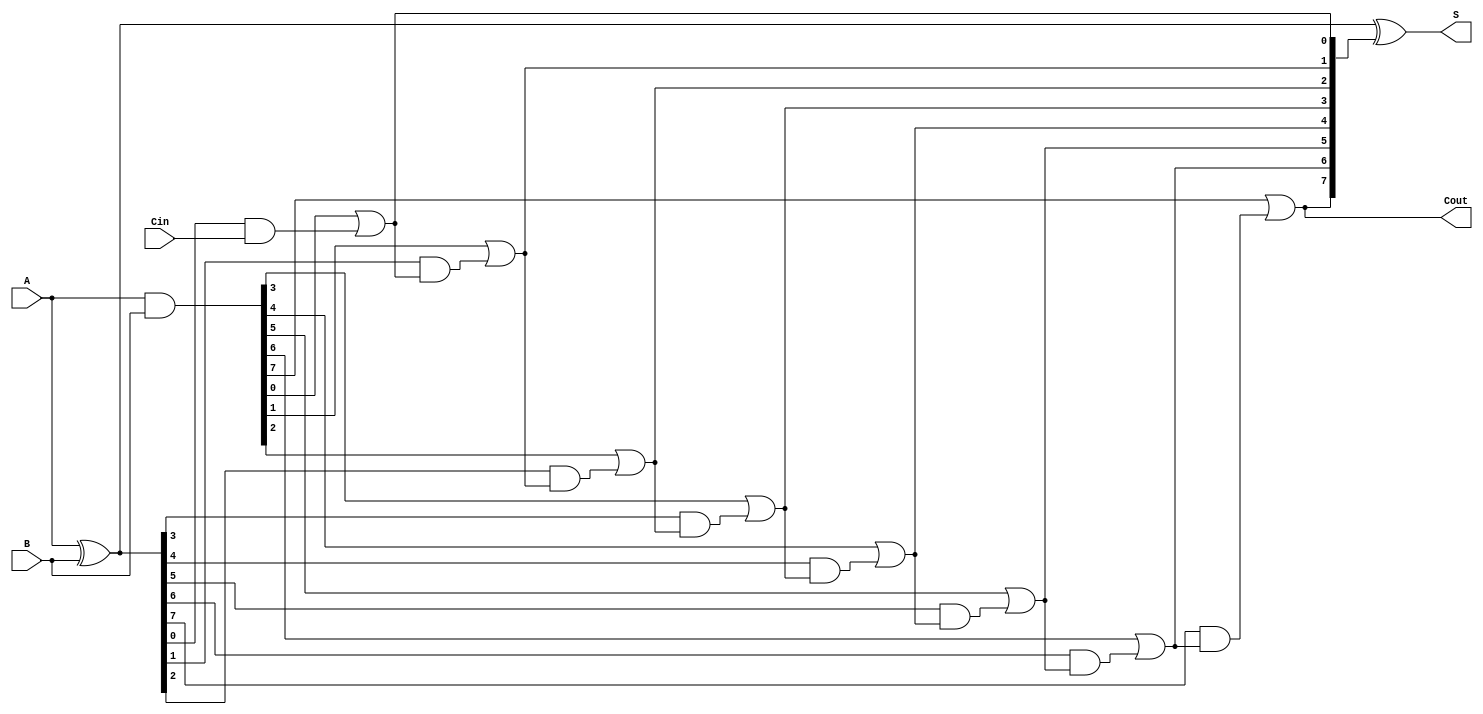
module brent_kung_adder #(parameter n = 8) (
    input  [n-1:0] A,
    input  [n-1:0] B,
    input          Cin,
    output [n-1:0] S,
    output         Cout
);

    wire [n-1:0] G, P; // Generate and Propagate signals
    wire [n:0] C;      // Carry signals

    // Generate and Propagate logic
    assign G = A & B;         // Generate
    assign P = A ^ B;         // Propagate

    // Carry signals initialization
    assign C[0] = Cin;

    // Brent-Kung carry generation logic
    genvar i, j;
    
    // Level 1
    for (i = 0; i < n; i = i + 1) begin
        assign C[i + 1] = G[i] | (P[i] & C[i]);
    end

    // Sum calculation
    assign S = P ^ C[n:1]; // S[i] = P[i] XOR C[i+1]

    // Carry out
    assign Cout = C[n];

endmodule